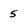
Character: 5